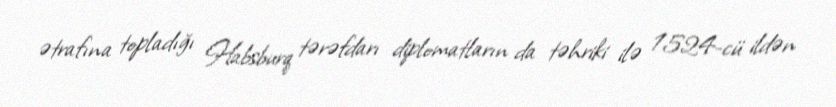
ətrafına topladığı Habsburq tərəfdarı diplomatların da təhriki ilə 1524-cü ildən